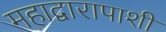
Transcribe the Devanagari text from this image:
महाद्वारापाशी